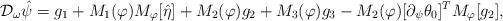
LaTeX: \begin{align*} \mathcal{D}_{\omega} \hat{\psi}=g_1+M_1(\varphi)M_{\varphi}[ \hat{\eta} ]+M_2(\varphi) g_2+M_3(\varphi) g_3-M_2(\varphi)[\partial_{\psi} \theta_0]^T M_{\varphi}[ g_2 ], \end{align*}